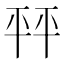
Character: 𰏦